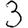
Digit: 3